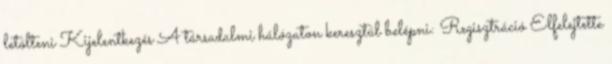
letölteni Kijelentkezés A társadalmi hálózaton keresztül belépni: Regisztráció Elfelejtette